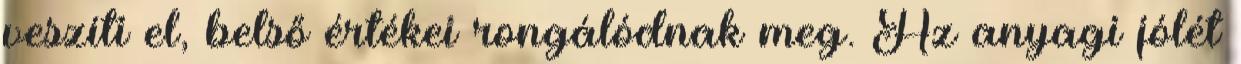
veszíti el, belső értékei rongálódnak meg. Az anyagi jólét